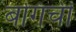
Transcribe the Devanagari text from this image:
बगिची